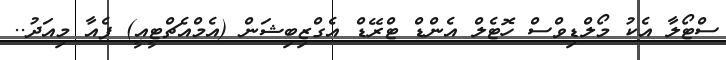
ސްޓޯލާ އެކު މޯލްޑިވްސް ހޮޓެލް އެންޑް ޓްރޭޑް އެގްޒިބިޝަން (އެމްއެޗްޓީއީ) ފެއާ މިއަދު..